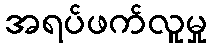
အရပ်ဖက်လူမှု